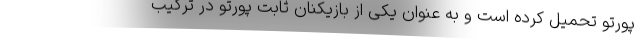
پورتو تحمیل کرده است و به عنوان یکی از بازیکنان ثابت پورتو در ترکیب